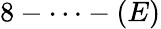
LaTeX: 8-\cdots-(E)